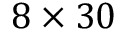
8 \times 3 0